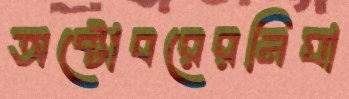
অক্টোবরেরনিঘা